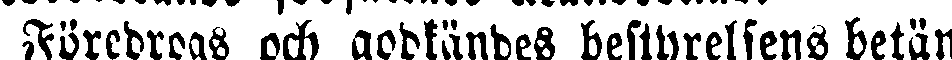
Föredrogs och godkändes bestyrelsens betän